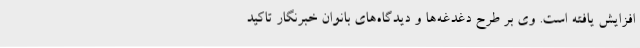
افزایش یافته است. وی بر طرح دغدغه‌ها و دیدگاه‌های بانوان خبرنگار تاکید